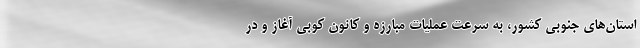
استان‌های جنوبی کشور، به سرعت عملیات مبارزه و کانون کوبی آغاز و در